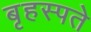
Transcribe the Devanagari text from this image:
बृहस्पते